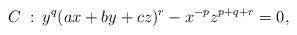
LaTeX: \begin{align*}C\::\: y^q(ax+by+cz)^r-x^{-p}z^{p+q+r}=0,\end{align*}